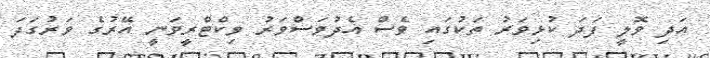
އަދި ވޮލީ ފަދަ ކުޅިވަރު ތަކުގައި ވެސް އެދުވަސްވަރު ވިކްޓްރީވަނީ އޭރުގެ ވަރުގަދަ